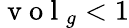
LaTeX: \mathrm{~v~o~l~}_{g}<1